Civil Veterinary Dept. Bombay admin report 1893-99 - 1893-1899
Year: 1893
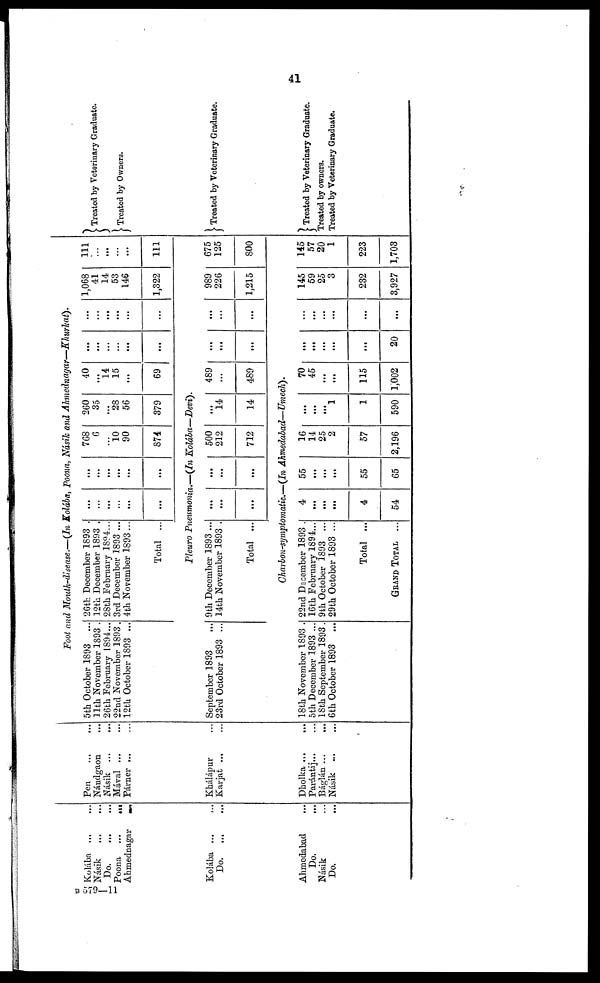
41
Kolába
...
...
Násik
...
...
Do.
...
...
Poona
...
...
Ahmednagar
...
Kolába
...
...
Do.
...
...
Ahmedabad ...
Do. ...
Násik ...
Do. ...
Pen
Nándgaon ...
Násik ... ...
Mával
...
...
Párner ... ...
Khálápur ...
Karjat ... ...
Dholka
...
...
Parántij ... ...
Báglán ...
...
Násik ... ...
Foot and Mouth-disease.—(In Kolába, Poona, Násik and
Ahmednagar—Khurkat).
5th October 1893 ...
11th November 1893 .
26th February 1894...
22nd November 1893.
12th October 1893 ...
26th December 1893 .
12th December 1893 .
28th February 1894...
3rd December 1893 ...
4th November 1893...
Total ...
...
...
...
...
...
...
...
...
...
...
...
...
768
6
...
10
90
874
260
35
...
28
56
379
40
...
14
15
...
69
...
...
...
...
...
...
...
...
...
...
...
...
1,068
41
14
53
146
1,322
111
...
...
...
...
111
Pleuro Pneumonia.—(In
Kolába—Devi).
September 1893 ...
23rd October 1893 ...
9th December 1893 ...
14th November 1893 .
Total ...
...
...
...
...
...
...
500
212
712
...
14
14
489
...
489
...
...
...
...
...
...
989
226
1,215
675
125
800
Charbon-symptomatic.—(In
Ahmedabad—Umech).
18th November 1893 .
5th December 1893 ...
18th September 1893.
6th October 1893 ...
22nd December 1893 .
16th February 1894...
9th October 1893 ...
29th October 1893 ...
Total ...
GRAND TOTAL ...
4
...
...
...
4
54
55
...
...
...
55
65
16
14
25
2
57
2,196
...
...
...
1
1
590
70
45
...
...
115
1,002
...
...
...
...
...
20
...
...
...
...
...
...
145
59
25
3
232
3,927
145
57
20
1
223
1,703
Treated by Veterinary Graduate.
Treated by Owners.
Treated by Veterinary Graduate.
Treated by Veterinary Graduate.
Treated by owners.
Treated by Veterinary Graduate.
B 579-11